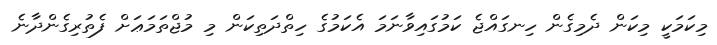
މިކަމަކީ މިކަން ދެމިގެން ހިނގައްޖެ ކަމުގައިވާނަމަ އެކަމުގެ ހިތްދަތިކަން މި މުޖްތަމަޢަށް ފެތުރިގެންދާނެ